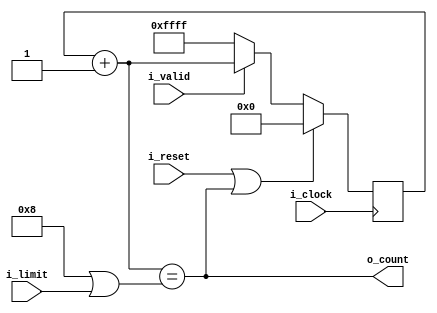
module counter
    #(
        parameter N_COUNT = 16,
        parameter N_ALARM = 8
    )
    (
        input           i_clock,
        input           i_valid,
        input           i_reset,
        input [3:0]     i_limit,
        output          o_count
    );

    reg     [N_COUNT - 1 : 0] cnt;
    wire    [N_COUNT - 1 : 0] next_cnt;

    // Variable usada para aumentar el contador sin conflictos
    assign next_cnt = cnt + {{N_COUNT-1 {1'b0}},{1'b1}};

    always @(posedge i_clock) 
    begin
        if(i_reset || o_count)
            cnt <= {N_COUNT {1'b0}};
        else if(i_valid)
            cnt <= next_cnt;
        else
            cnt <= {N_COUNT {1'b1}};
    end

    // Alarma para reiniciar cuenta
    assign o_count = (next_cnt == (N_ALARM || i_limit));

endmodule